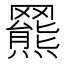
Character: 𦌲